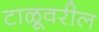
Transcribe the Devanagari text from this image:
टाळूवरील